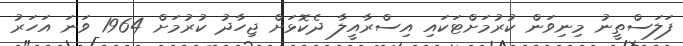
ފަލަސްތީނު މިނިވަން ކުރުމަށްޓަކައި އިސްރާއީލާ ދެކޮޅަށް ޖިހާދު ކުރުމަށް 1964 ވަނަ އަހަރު